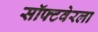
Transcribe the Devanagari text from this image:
सॉफ्टवेरला